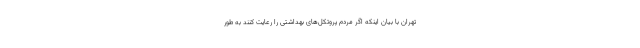
تهران با بیان اینکه اگر مردم پروتکل‌های بهداشتی را رعایت کنند به طور